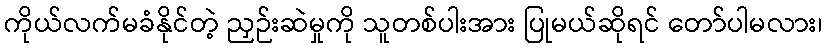
ကိုယ်လက်မခံနိုင်တဲ့ ညှဉ်းဆဲမှုကို သူတစ်ပါးအား ပြုမယ်ဆိုရင် တော်ပါမလား၊